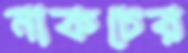
নাকচের